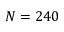
N = 2 4 0